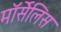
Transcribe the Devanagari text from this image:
मॉर्सेलिस